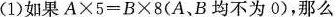
(1)如果$$A \times 5 = B \times 8 (A、B均不为0)$$，那么